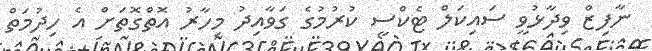
ނާފިޒް ވިދާޅުވީ ސައިކަލް ޓެކްސީ ކުރުމުގެ ގަވާއިދު މިހާރު އޮތްގޮތަށް އެ ހިދުމަތް